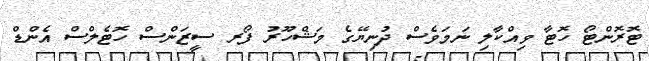
ޓޮރޮންޓޯ ހޮޓާ ވިއްކާލި ނަމަވެސް ދުނިޔޭގެ މަޝްހޫރު ފޯރ ސީޒަންސް ހޮޓެލްސް އެންޑް